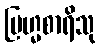
ဗြဟ္မစာရိသု